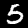
Label: 5